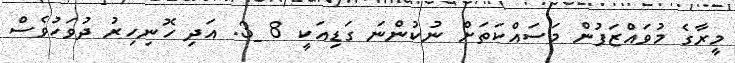
މީރާގެ މުވައްޒަފުން މަސައްކަތަށް ނުކުންނަ ގަޑިއަކީ 8 _3. އަދި ހޮނިިހިރު ދުވަހުވެސް